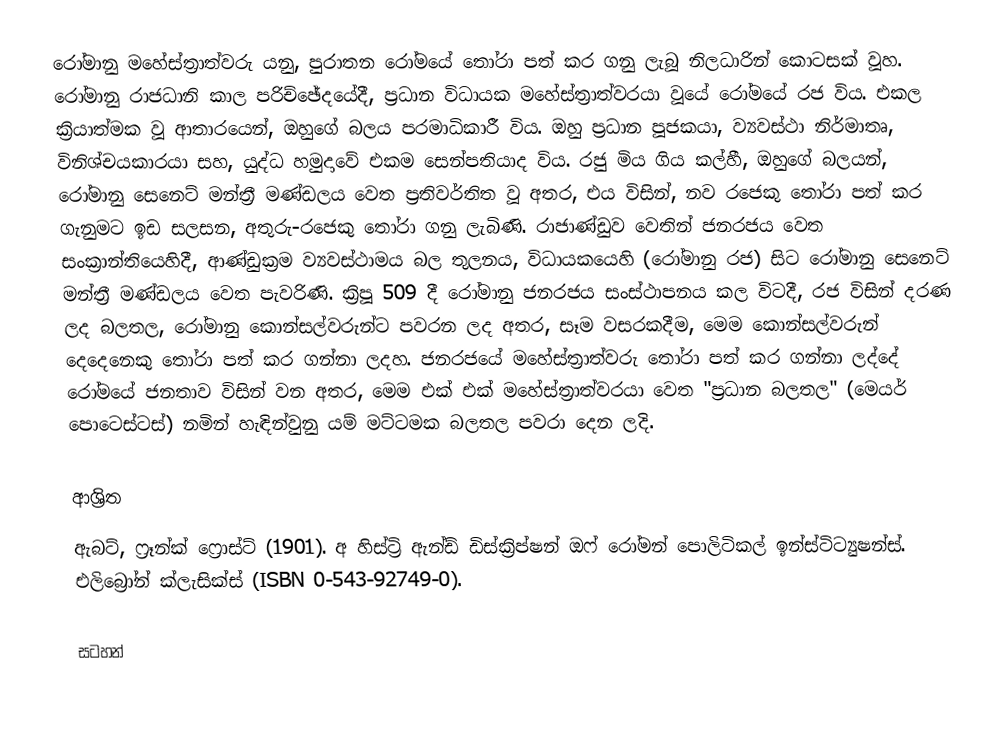
රෝමානු මහේස්ත්‍රාත්වරු යනු,  පුරාතන රෝමයේ තෝරා පත් කර ගනු ලැබූ නිලධාරින් කොටසක් වූහ. රෝමානු රාජධානි  කාල පරිච්ඡේදයේදී, ප්‍රධාන විධායක මහේස්ත්‍රාත්වරයා වූයේ රෝමයේ රජ විය. එකල ක්‍රියාත්මක වූ ආතාරයෙන්, ඔහුගේ බලය පරමාධිකාරී විය. ඔහු ප්‍රධාන පූජකයා, ව්‍යවස්ථා නිර්මාතෘ, විනිශ්චයකාරයා සහ, යුද්ධ හමුදාවේ එකම සෙන්පතියාද විය. රජු මිය ගිය කල්හී, ඔහුගේ බලයන්,  රෝමානු සෙනෙට් මන්ත්‍රී මණ්ඩලය වෙත ප්‍රතිවර්තිත වූ අතර, එය විසින්, නව රජෙකු තෝරා පත් කර ගැනුමට ඉඩ සලසන, අතුරු-රජෙකු තෝරා ගනු ලැබිණි. රාජාණ්ඩුව වෙතින් ජනරජය වෙත සංක්‍රාන්තියෙහිදී, ආණ්ඩුක්‍රම ව්‍යවස්ථාමය බල තුලනය,  විධායකයෙහි (රෝමානු රජ) සිට රෝමානු සෙනෙට් මන්ත්‍රී මණ්ඩලය වෙත පැවරිණි. ක්‍රිපූ 509 දී රෝමානු ජනරජය සංස්ථාපනය කල විටදී, රජ විසින් දරණ ලද බලතල, රෝමානු කොන්සල්වරුන්ට පවරන ලද අතර, සෑම වසරකදීම, මෙම කොන්සල්වරුන් දෙදෙනෙකු තෝරා පත් කර ගන්නා ලදහ. ජනරජයේ මහේස්ත්‍රාත්වරු තෝරා පත් කර ගන්නා ලද්දේ රෝමයේ ජනතාව විසින් වන අතර, මෙම එක් එක් මහේස්ත්‍රාත්වරයා වෙත "ප්‍රධාන බලතල" (මෙයර් පොටෙස්ටස්) නමින් හැඳින්වුනු යම් මට්ටමක බලතල පවරා දෙන ලදි.

ආශ්‍රිත
 ඇබට්, ෆ්‍රෑන්ක් ෆ්‍රොස්ට් (1901). අ හිස්ට්‍රි ඇන්ඩ් ඩිස්ක්‍රිප්ෂන් ඔෆ් රෝමන් පොලිටිකල් ඉන්ස්ටිට්‍යුෂන්ස්. එලිබ්‍රෝන් ක්ලැසික්ස්  (ISBN 0-543-92749-0).

සටහන්